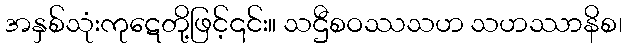
အနှစ်သုံးကုဋေတို့ဖြင့်၎င်း။ သဌီစဝဿသဟ သဟဿာနိစ၊